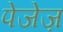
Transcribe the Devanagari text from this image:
पेजेज़